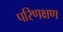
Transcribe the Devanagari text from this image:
परिणक्षण